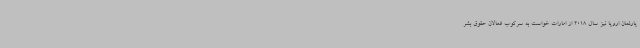
پارلمان اروپا نیز سال 2018 از امارات خواست به سرکوب فعالان حقوق بشر